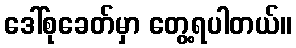
ဒေါ်စုခေတ်မှာ တွေ့ရပါတယ်။